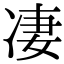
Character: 凄